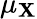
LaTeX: \mu_{\mathbf{X}}